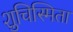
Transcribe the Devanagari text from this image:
शुचिस्मिता